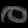
Digit: ၀